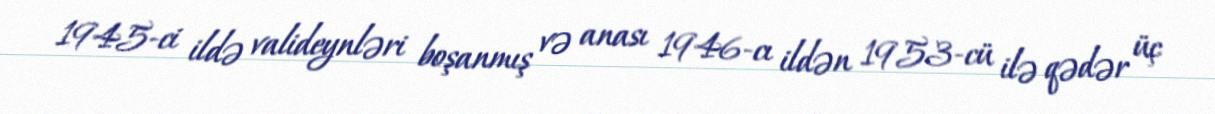
1945-ci ildə valideynləri boşanmış və anası 1946-cı ildən 1953-cü ilə qədər üç